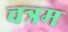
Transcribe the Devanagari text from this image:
चत्रम